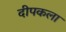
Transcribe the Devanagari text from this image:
दीपकला